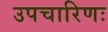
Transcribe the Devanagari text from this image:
उपचारिणः